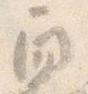
角